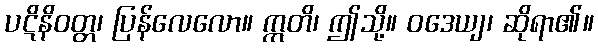
ပဋိနိဝတ္တ၊ ပြန်လေလော။ ဣတိ၊ ဤသို့။ ဝဒေယျ၊ ဆိုရာ၏။